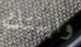
وابنتك